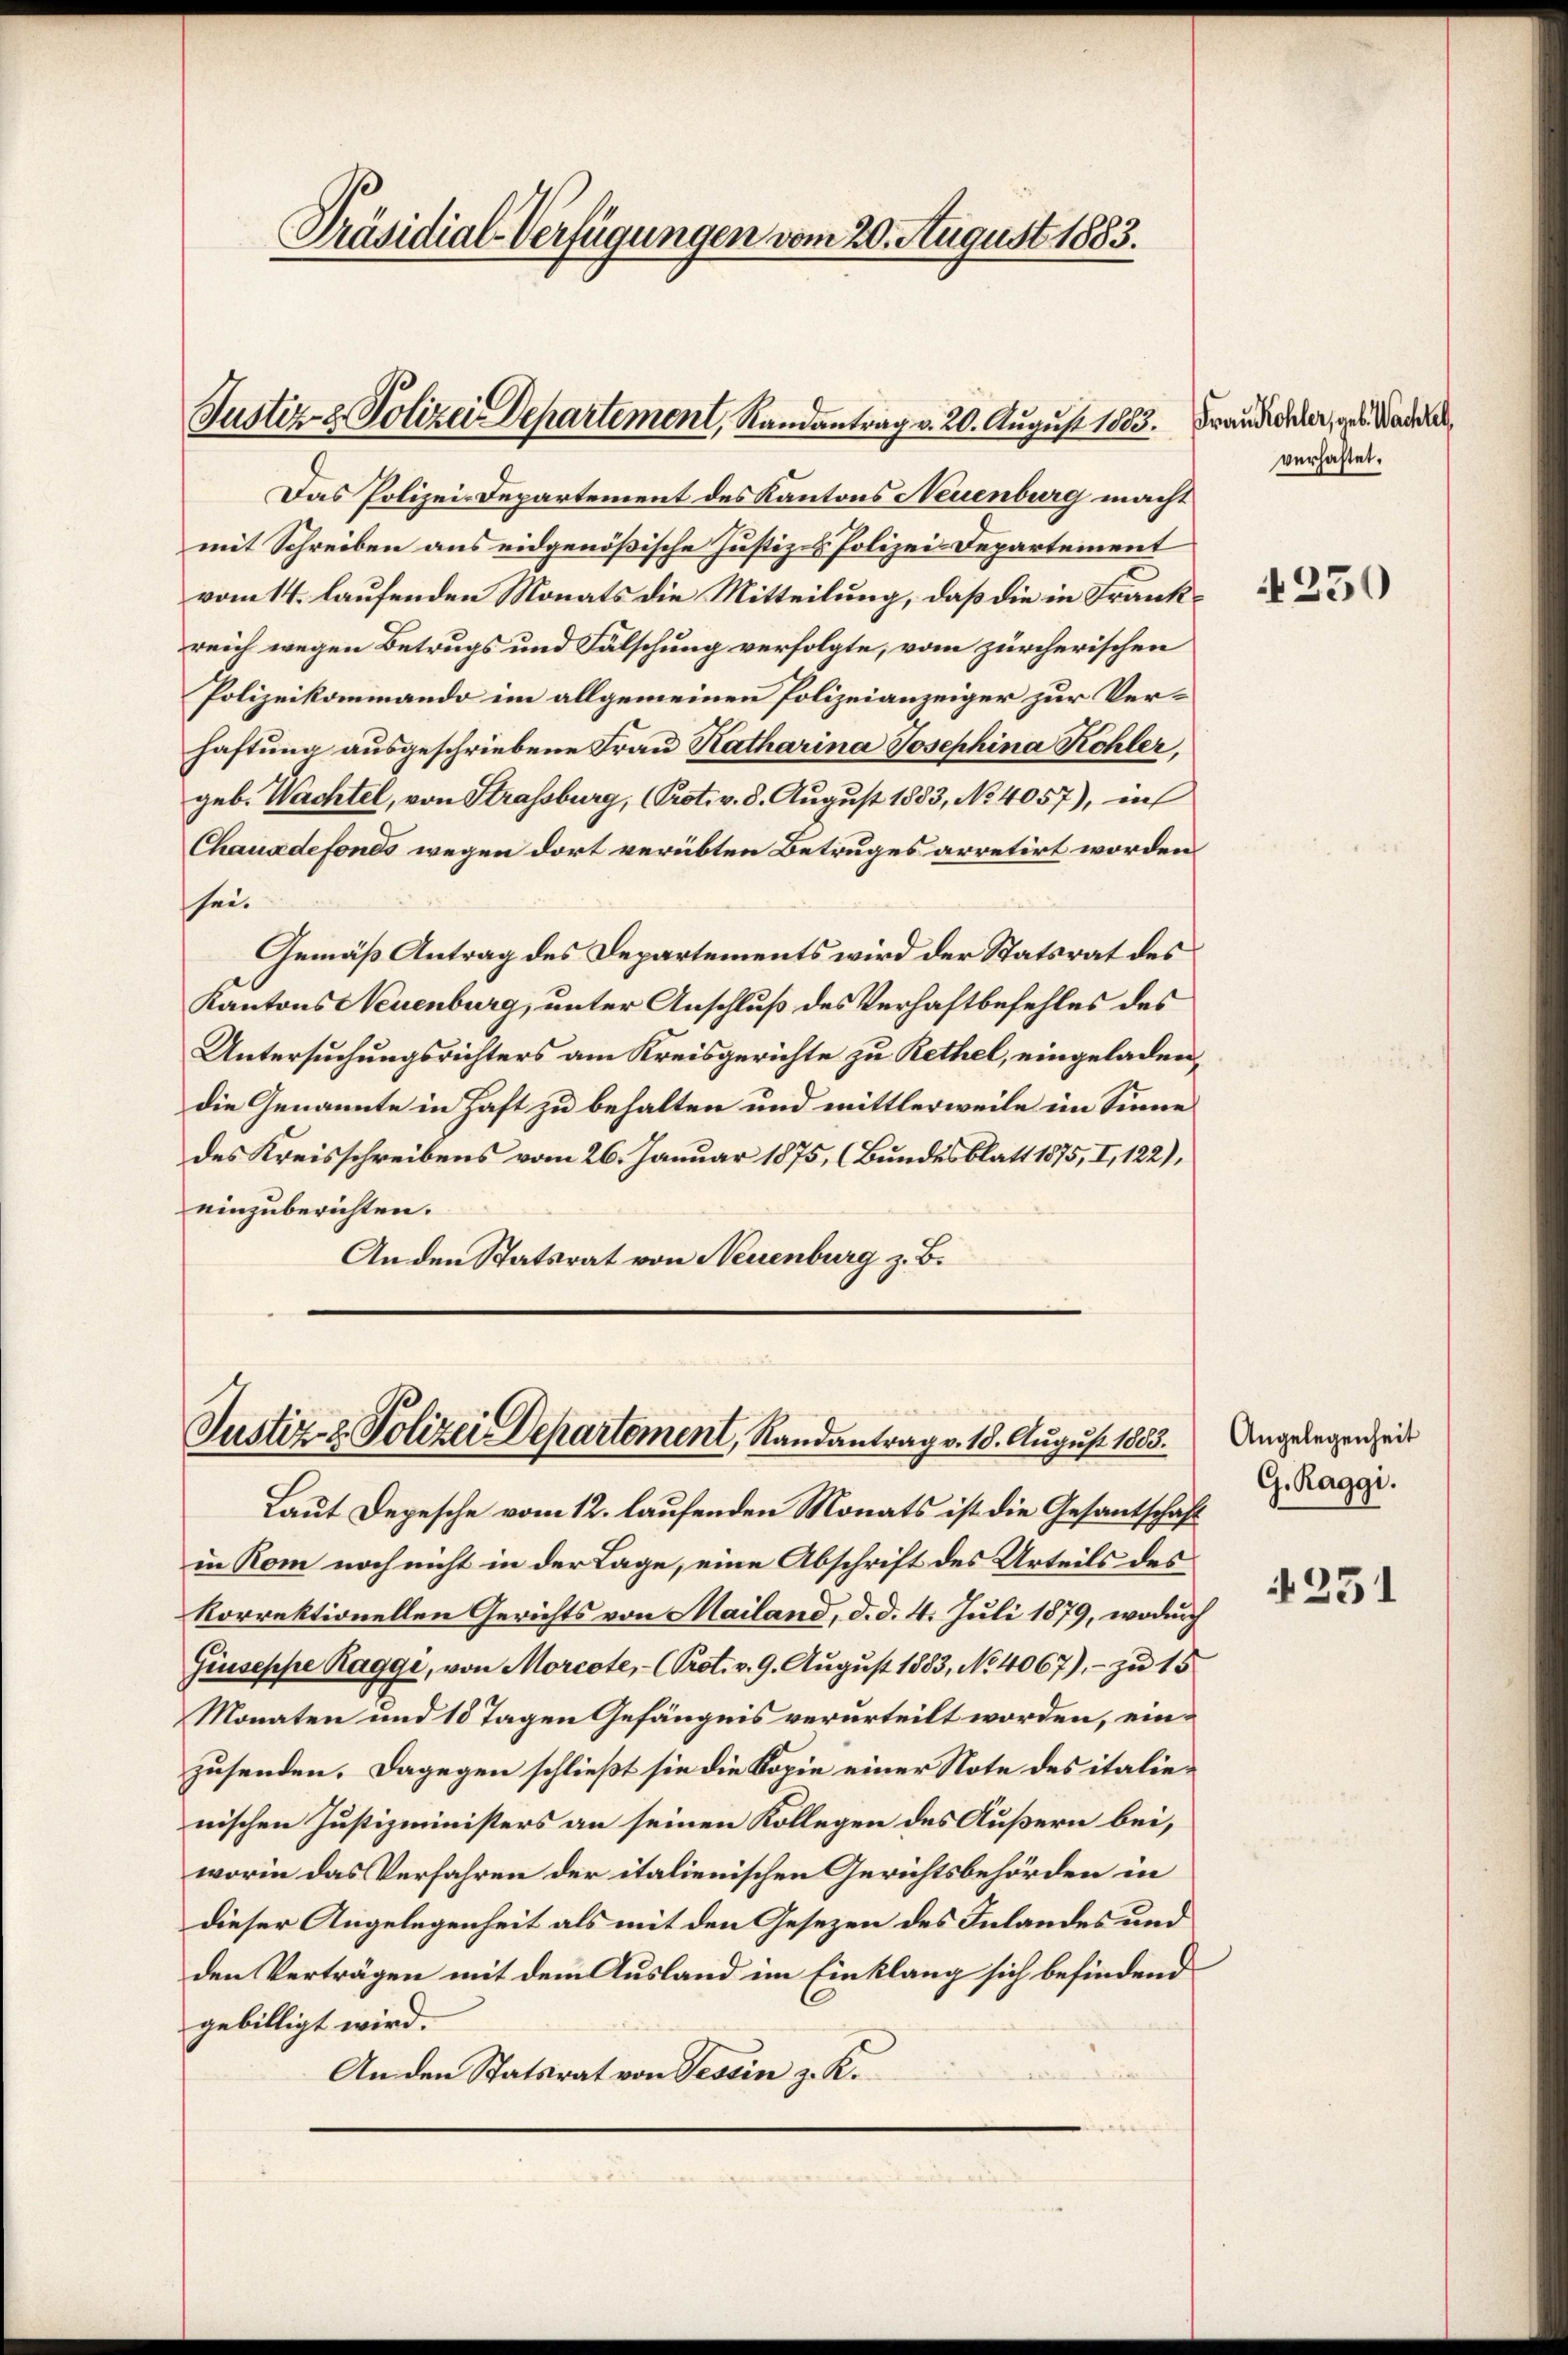
Präsidial-Verfügungen vom 20. August 1883.

Justiz- & Polizei Departement, Randantrag v. 20. August 1863. Frandidater, geb. Baden

Das Polizei-Departement des Kantons Neuenburg macht
mit Schreiben aus eidgenößische Justiz- & Polizei-Departement
vom 14. laufenden Monats die Mitteilung, daß die in Frankreich wegen Betrugs und Fälschung verfolgte, vom zürcherischen
Polizeikommando im allgemeinen Polizeianzeiger zur Verhaftung ausgeschriebene Frau Katharina Josephina Kohler,
geb. Wachtel, von Strassburg, (Prot. v. 8. August 1883, No 4057), in
Chauadefonds wegen dort verübten Betruges arretirt worden.
hee.
Gemäß Antrag des Departements wird der Statsrat des
Kantons Neuenburg, unter Anschluß des Verhaftbefehles des
Untersuchungsrichters am Kreisgerichte zu Rethel, eingeladen,
die Genannte in Haft zu behalten und mittlerweile im Sinne
des Kreisschreibens vom 26. Januar 1875, (Bundesblatt 1875, I, 122),
einzuberichten.
An den Statsrat von Neuenburg z. B.

Justiz- & Polizei Departement, Randantrag v. 18. August 1883.

Laut Depesche vom 12. laufenden Monats ist die Gesantschaft
in Rom noch nicht in der Lage, eine Abschrift des Urteils des
korrektionellen Gerichts von Mailand, d. d. 4. Juli 1879, wodurch
Giuseppe Raggi, von Morcote, - (Prot. v. 9. August 1883, No 4067), - zu 15
Monaten und 18 Tagen Gefängnis verurteilt worden, einzusenden. Dagegen schließt sie die Kopie einer Note des italienischen Justizministers an seinen Kollegen des Äußern bei,
worin das Verfahren der italienischen Gerichtsbehörden in
dieser Angelegenheit als mit den Gesezen des Inlandes und
den Verträgen mit dem Ausland im Einklang sich befindend
gebilligt wird.
An den Statsrat von Tessin z. K.

verhaftet.

250

Angelegenheit
G. Raggi.

251